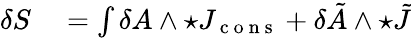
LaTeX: \begin{array}{rl}{\delta S}&{{}=\int\delta A\wedge\star J_{\mathrm{~c~o~n~s~}}+\delta\tilde{A}\wedge\star\tilde{J}}\end{array}